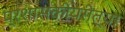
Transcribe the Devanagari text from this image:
प्रशासकीयरीत्या